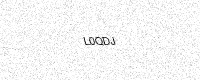
Text: L0QDJ